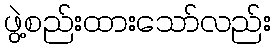
ဖွဲ့စည်းထားသော်လည်း